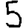
Digit: 5